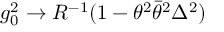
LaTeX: g _ { 0 } ^ { 2 } \rightarrow R ^ { - 1 } ( 1 - \theta ^ { 2 } \bar { \theta } ^ { 2 } \Delta ^ { 2 } )